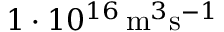
1 \cdot 1 0 ^ { 1 6 } \, \mathrm { m } ^ { 3 } \mathrm { s } ^ { - 1 }